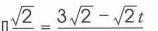
\(\sqrt{2}=3\sqrt{2}-\sqrt{2}t\)